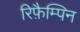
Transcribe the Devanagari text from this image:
रिफ़ैम्पिन